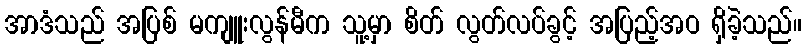
အာဒံသည် အပြစ် မကျူးလွန်မီက သူ့မှာ စိတ် လွတ်လပ်ခွင့် အပြည့်အဝ ရှိခဲ့သည်။